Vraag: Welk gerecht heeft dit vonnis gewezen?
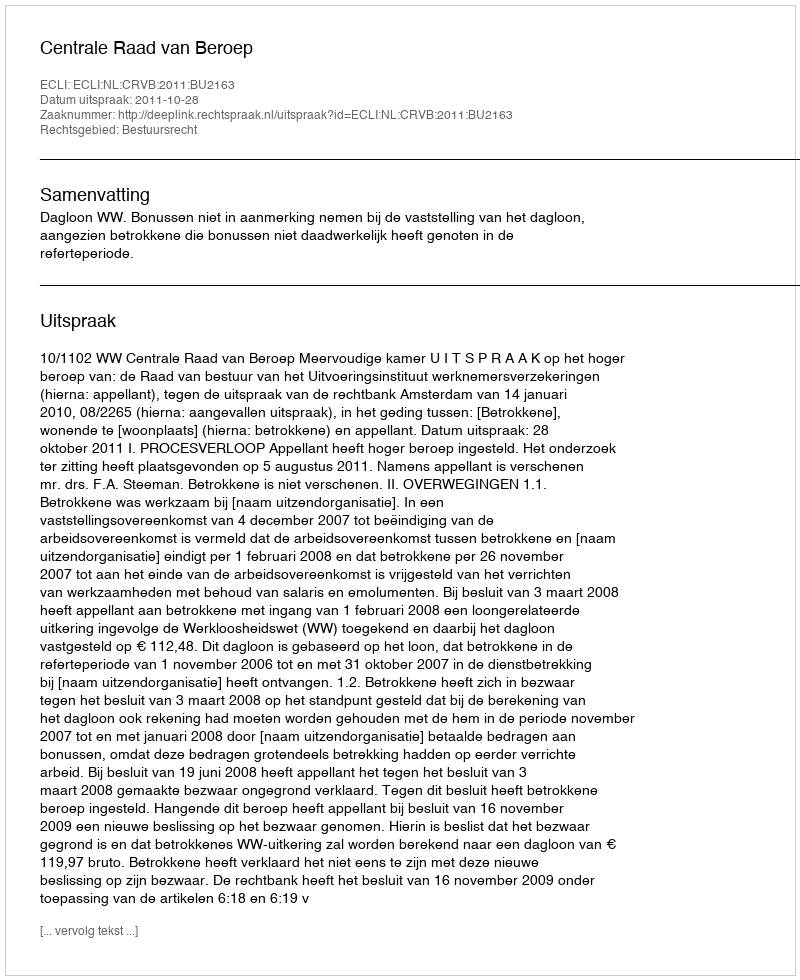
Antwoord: Centrale Raad van Beroep